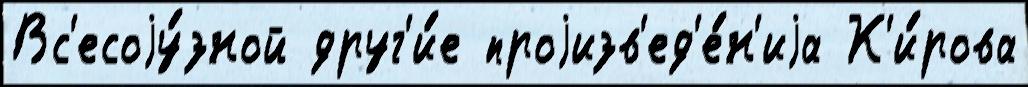
Вс'есоjу́зной друг'и́е проjизв'ед'е́н'иjа К'и́рова